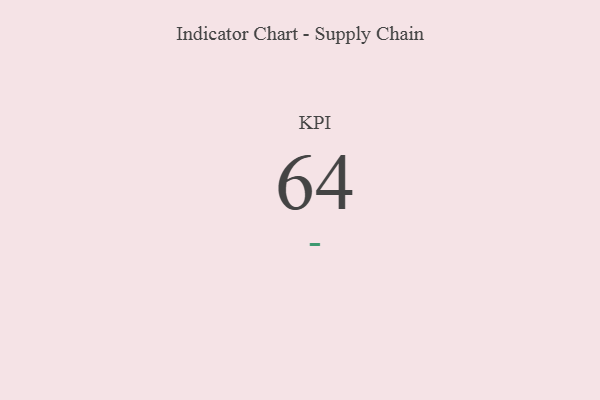
{"axis": {"x": "KPI", "y": "Value"}, "legend": [""], "data": [{"x": "KPI", "y": 64, "type": ""}]}